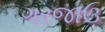
ગરજાઉ